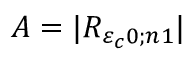
A = \vert { R } _ { { \varepsilon } _ { c } 0 ; { n } 1 } \vert